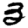
Digit: 3